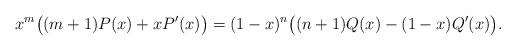
LaTeX: \begin{align*}x^m \bigl( (m+1)P(x)+x P'(x) \bigr) = (1-x)^n \bigl( (n+1)Q(x)-(1-x)Q'(x) \bigr).\end{align*}